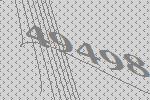
49498